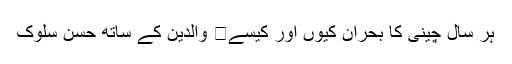
ہر سال چینی کا بحران کیوں اور کیسے	 والدین کے ساتھ حسن سلوک